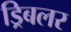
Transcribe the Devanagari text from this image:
ड्रिबलर